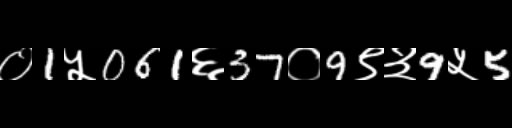
Text: ०1५061६37०9९३9५5